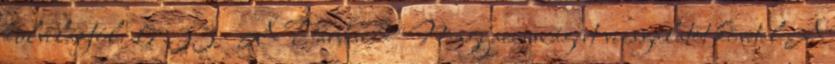
külvilágtól. 17:33 - A Párbeszéd Magyarországért vizsgálatot követel A